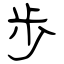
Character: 歩